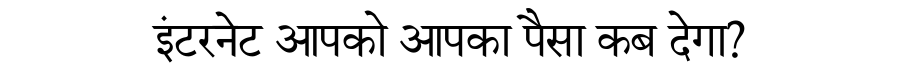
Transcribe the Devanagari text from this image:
इंटरनेट आपको आपका पैसा कब देगा?